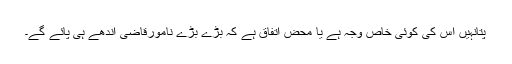
پتانہیں اس کی کوئی خاص وجہ ہے یا محض اتفاق ہے کہ بڑے بڑے نامورقاضی اندھے ہی پائے گے۔